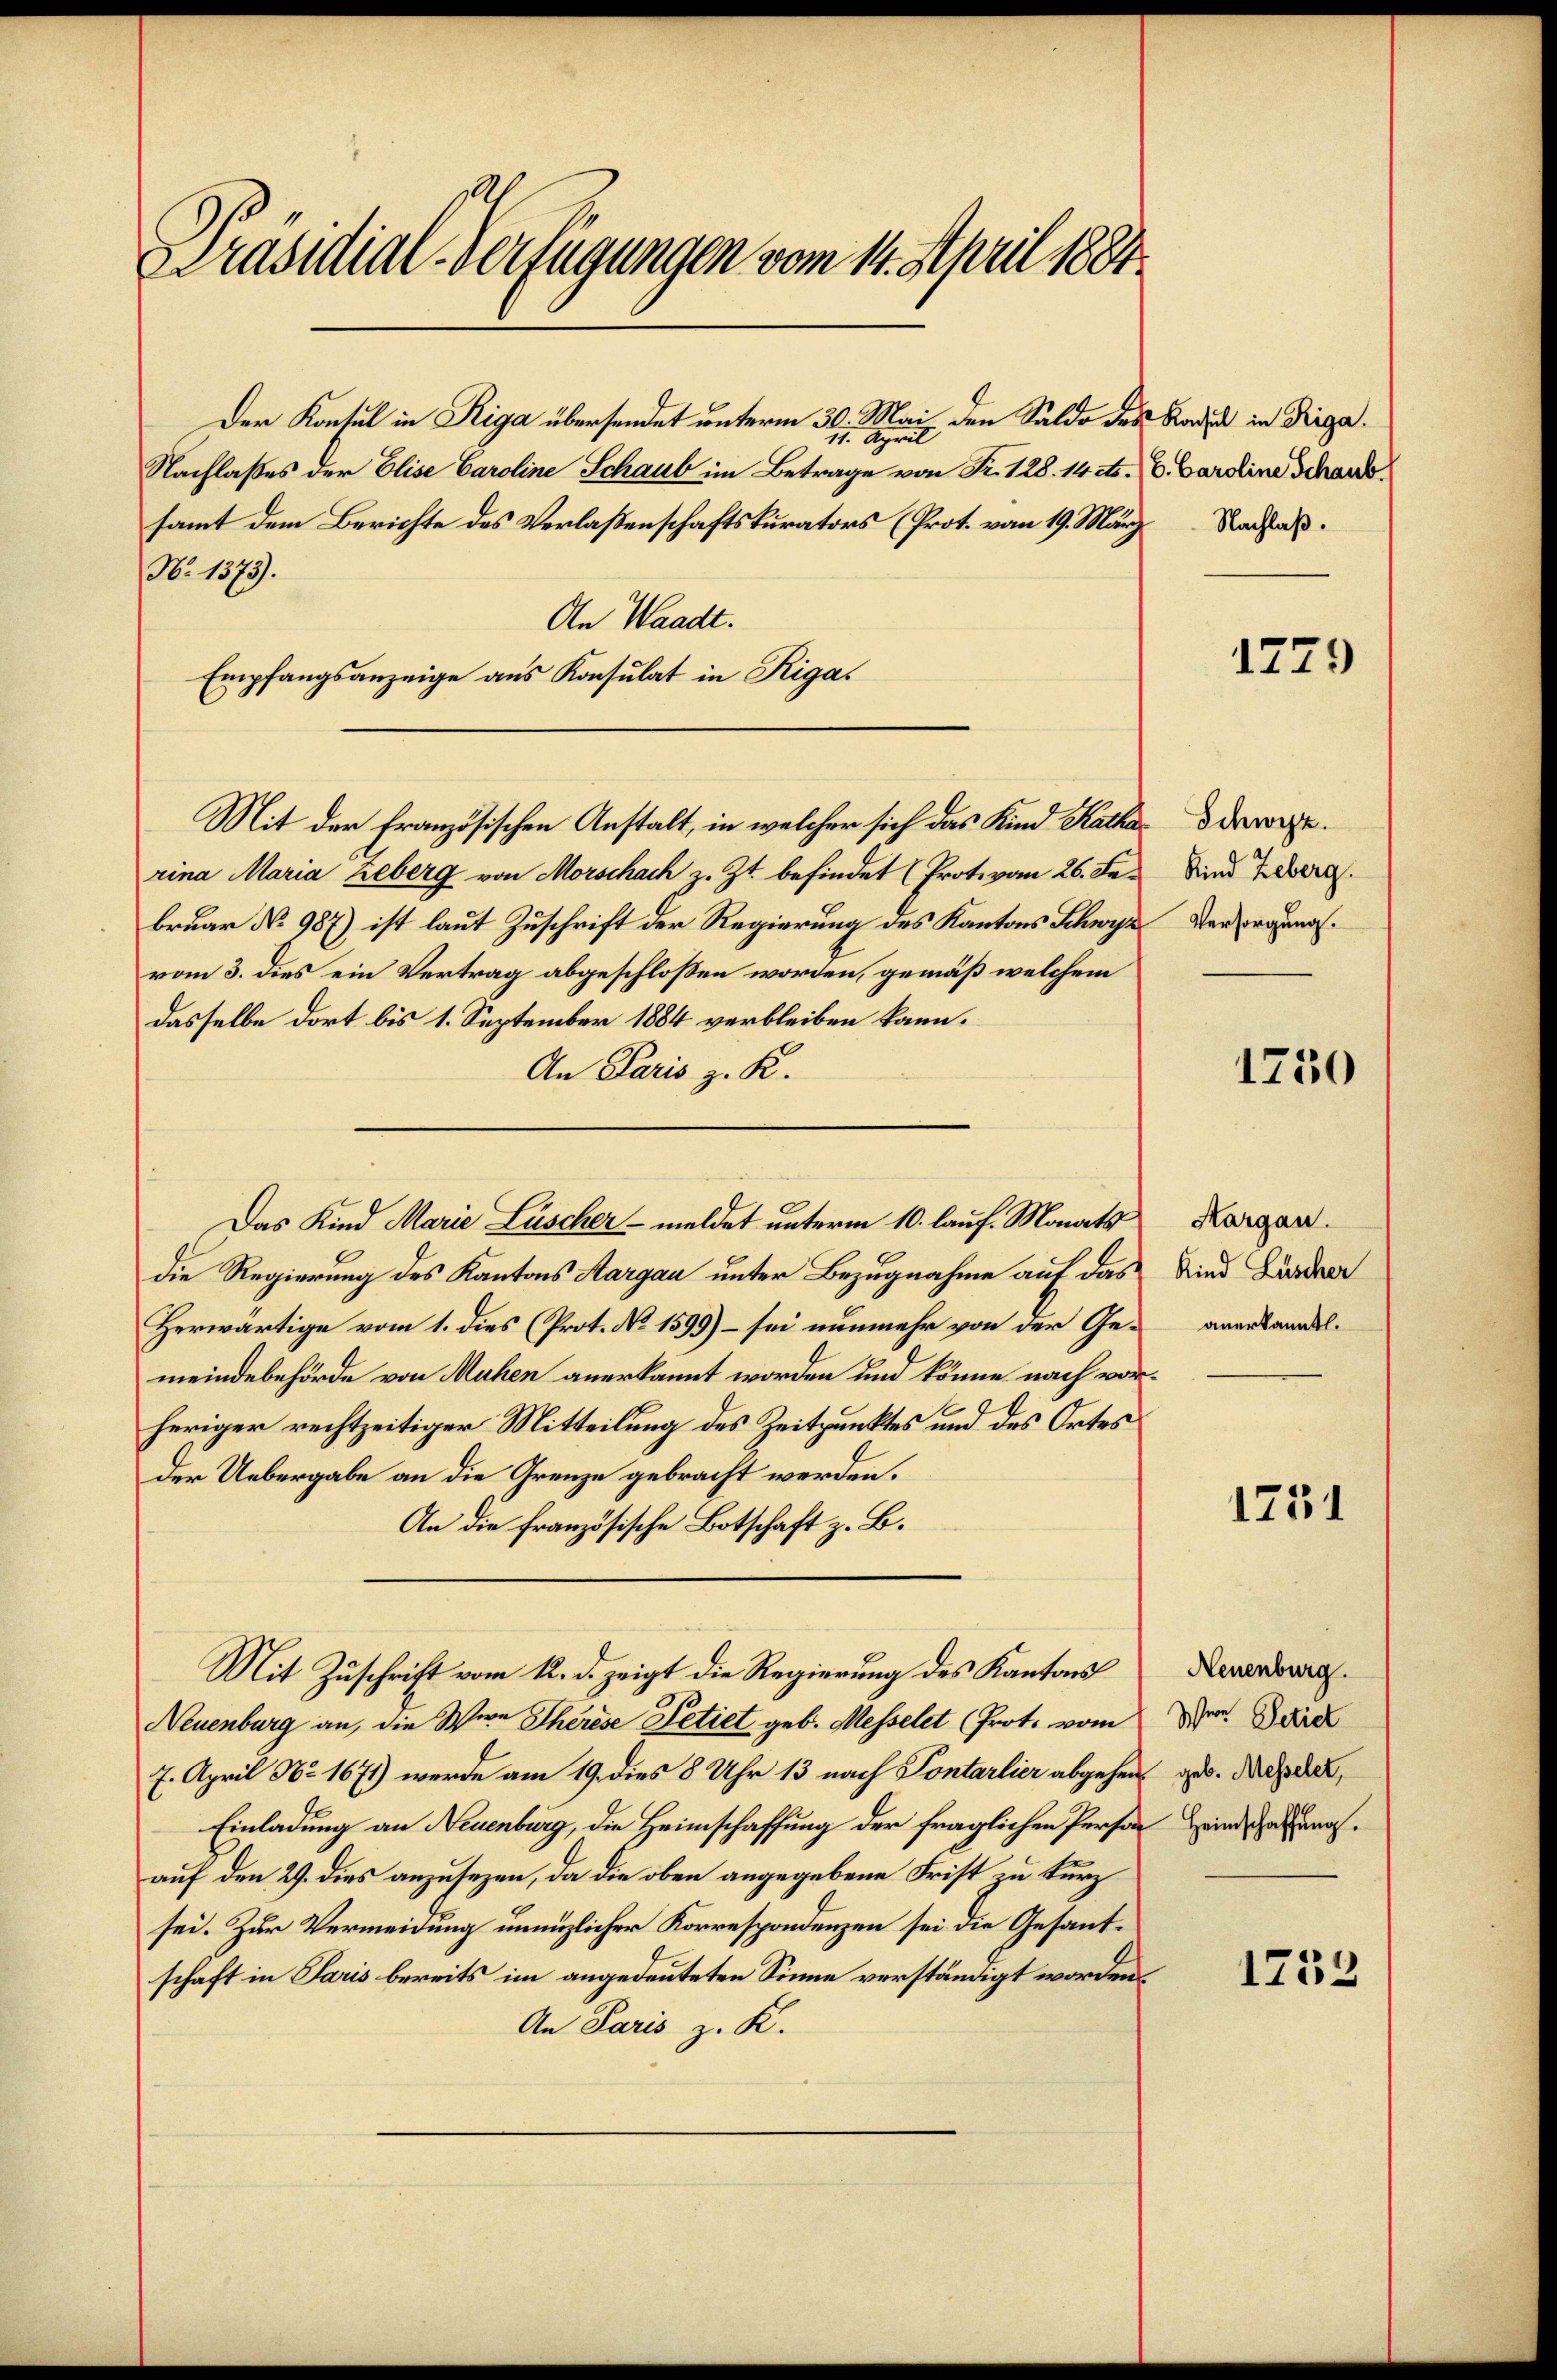
Präsidial-Verfügungen vom 14. April 1881.

Der Konsul in Riga übersendet unterm 30. Mai den Saldo des Rades in Dirga¬
11. April
Nachlasses der Elise Caroline Schaub im Betrage von Fr. 128. 14 dto. V. Carolina Schansamt dem Berichte des Verlaßenschaftskurators (Prot. vom 19. März Nachlaß¬
No 1373).
An Waadt.
Empfangsanzeige aus Konsulat in Riga
Mit der Französischen Anstalt, in welcher sich das Kind Katha darwierina Maria Leberg von Morschach z. Zt. befindet (Prot. von 26. Februar No 987) ist laut Zuschrift der Regierung des Kantons Schwyz Versorgung.
vom 3. dies ein Vertrag abgeschloßen worden, gemäß welchem
dasselbe dort bis 1. September 1884 verbleiben kann.
An Paris z. K.
die Regierung des Kantons Aargau unter Bezugnahme auf das
Herwärtige vom 1. dies (Prot. No 1599) – sei nunmehr von der Gemeindebehörde von Mühen anerkannt worden und könne nach vorheriger rechtzeitiger Mitteilung des Zeitpunktes und des Ortes
Der Uebergabe an die Grenze gebracht werden.
An die französische Botschaft z. B.
Mit Zuschrift vom 12. d. zeigt die Regierung des Kantons
Neuenburg an, die Wien Therese Petiet geb. Messelet (Prot. vom
7. April No 1671) werde am 19. dies 8 Uhr 13 nach Pontarlier abgehen¬
Einladung an Neuenburg, die Heimschaffung der fraglichen Person meindsatzungsauf den 29. dies anzusezen, da die oben angegebene Frist zu kurz
sei. Zur Vermeidung unnützlicher Korrespondenzen sei die Gesantschaft in Paris bereits im angedeuteten Sinne verständigt worden.
An Paris z. K.

Das Kind Marie Lüscher - meldet unterm 10. lauf. Monats

1779

Kind Leberg.

1730

Hargau.
Kind Lüscher
anerkannt.

1731

Neuenburg.
Iser Petit
geb. Messeler,

1733